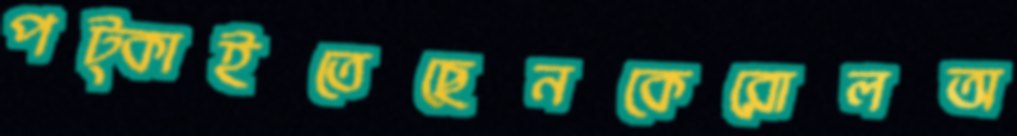
পট্‌কাইতেছেনকেরোলঅ